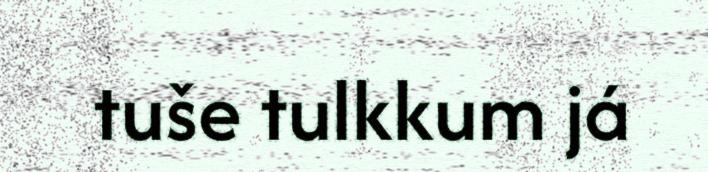
tuše tulkkum já